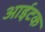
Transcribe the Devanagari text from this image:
आईटक